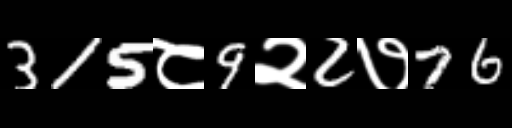
Text: 315८9२2७76